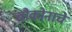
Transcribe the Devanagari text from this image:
चौकोनाचे